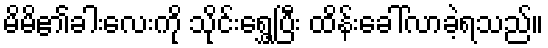
မိမိ၏ခါးလေးကို သိုင်းရွှေ့ပြီး ထိန်းခေါ်လာခဲ့ရသည်။